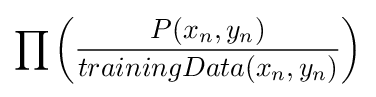
\prod \left({\frac {P(x_{n},y_{n})}{trainingData(x_{n},y_{n})}}\right)